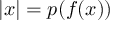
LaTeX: \left| x \right| = p ( f ( x ) )